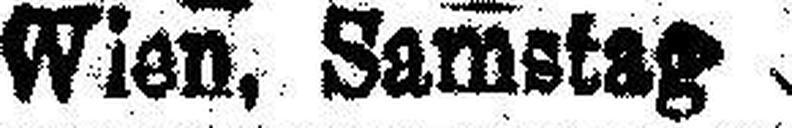
Wien, Samstag